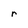
Character: r